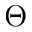
\Theta